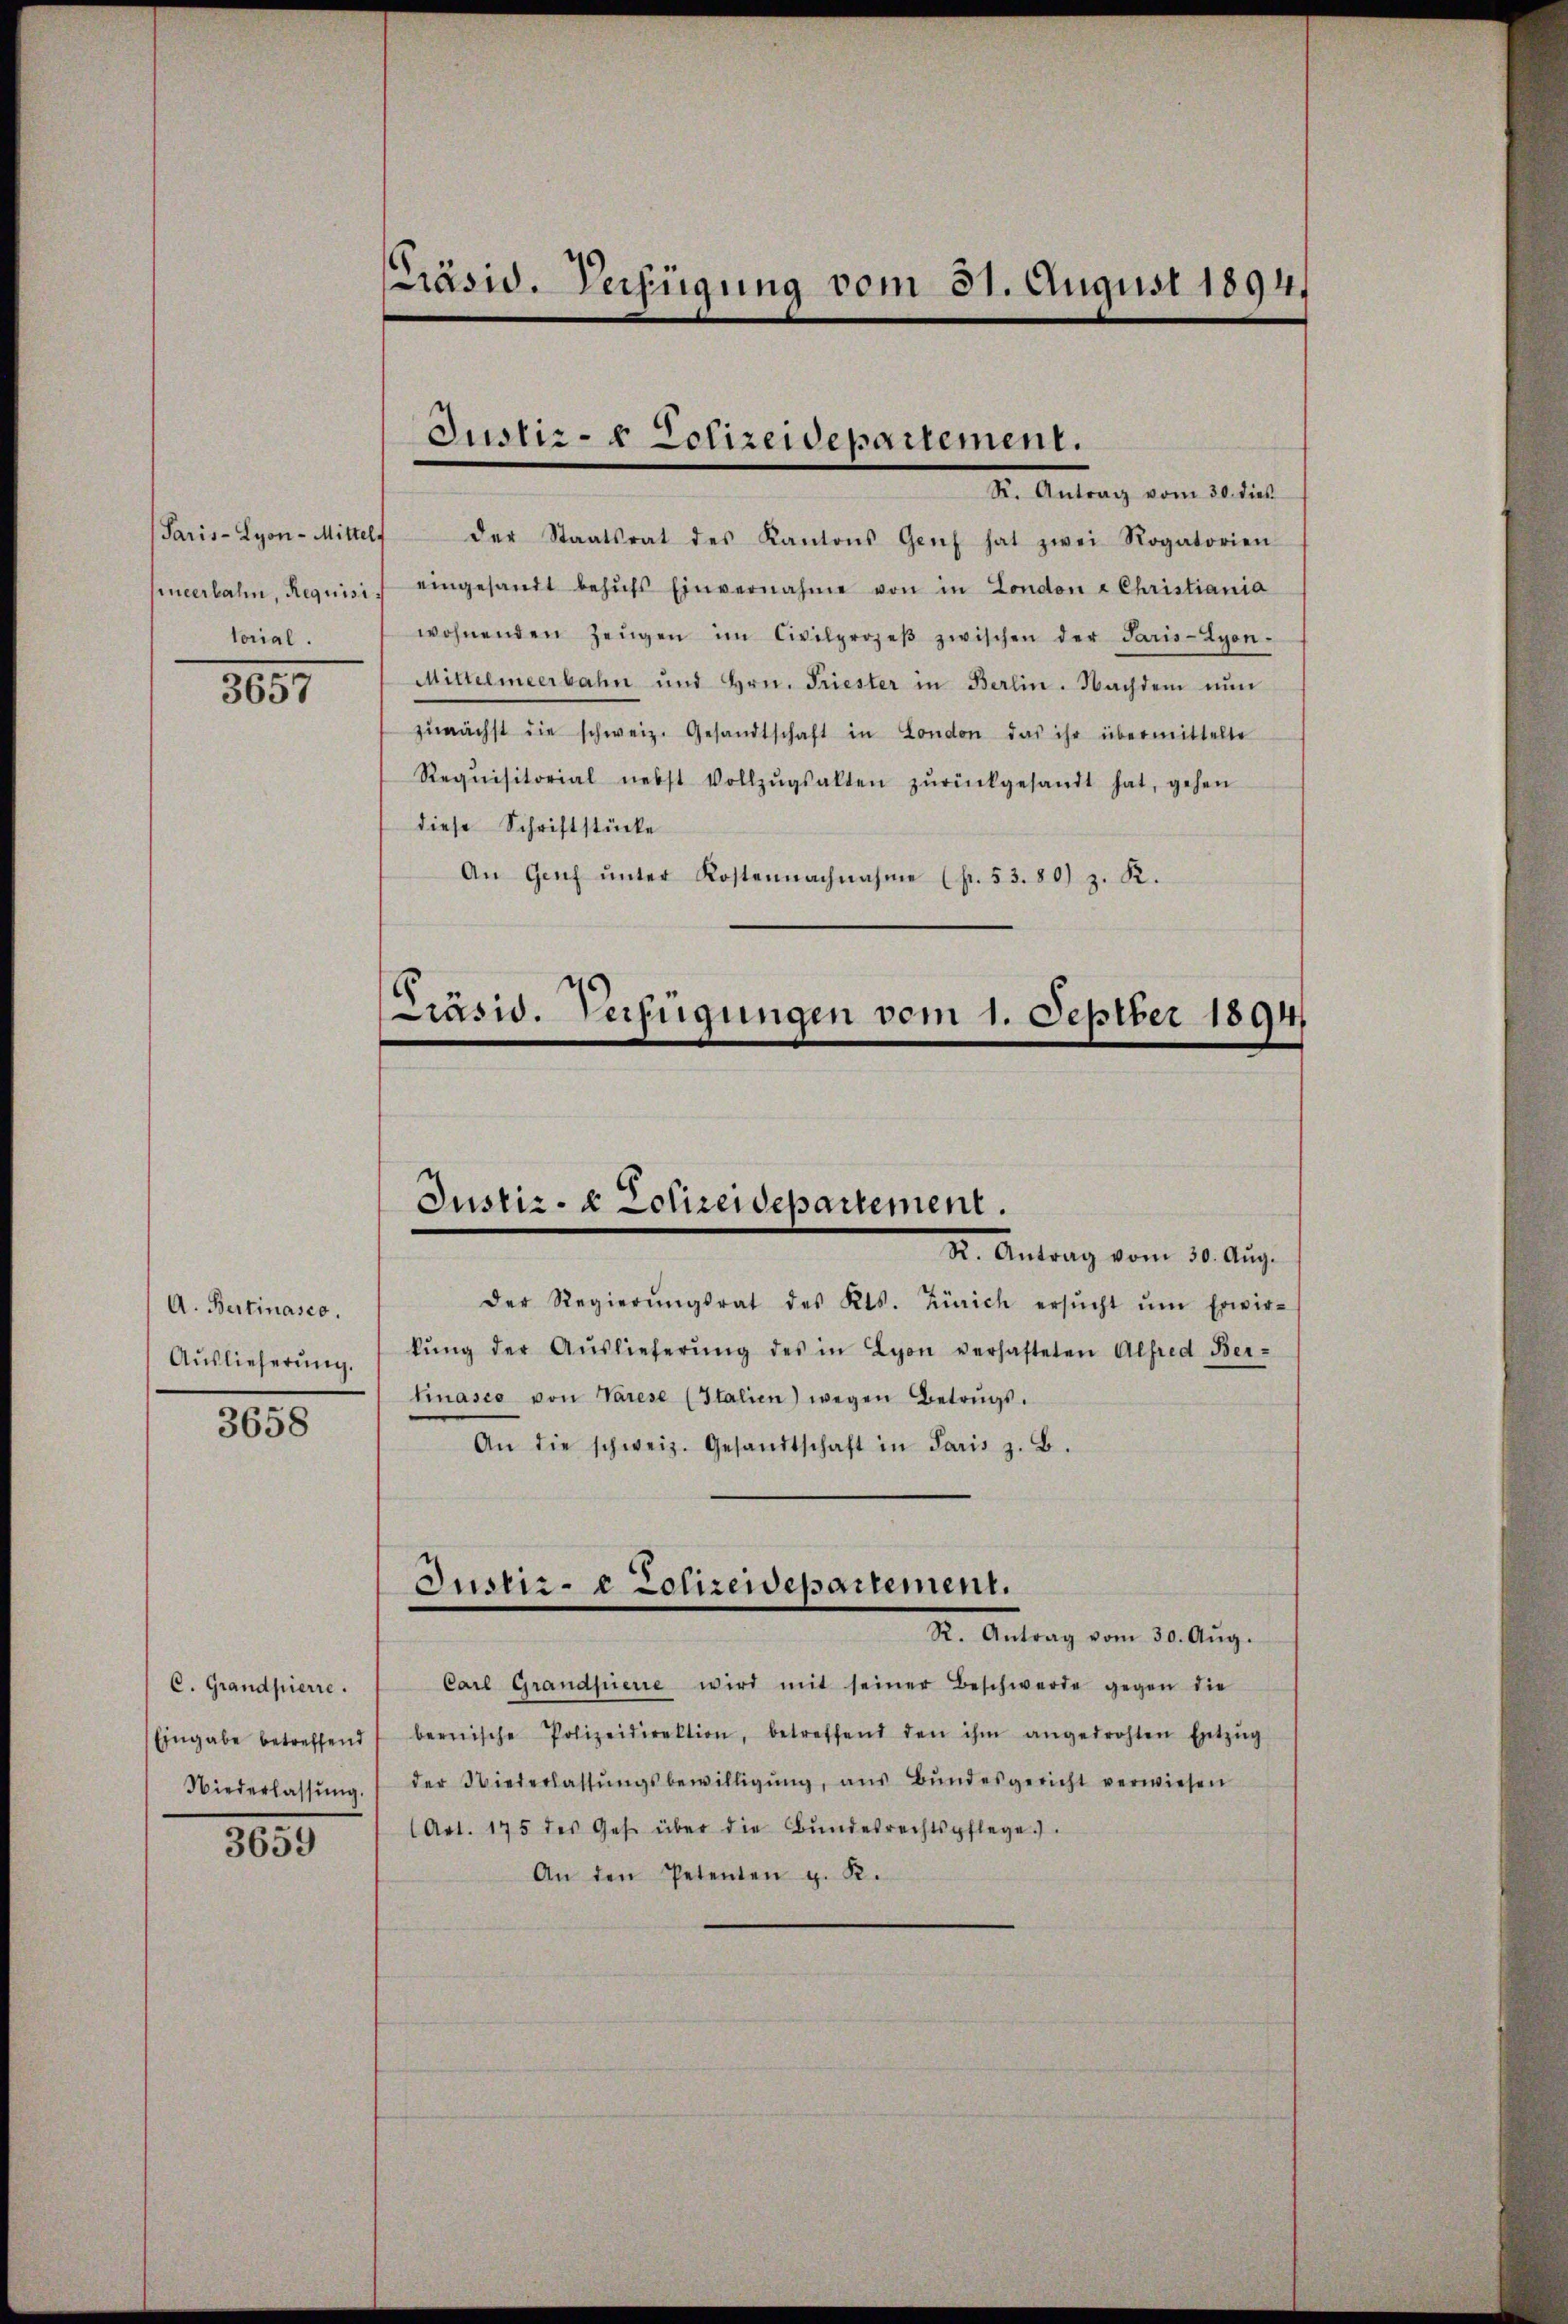
Paris - Lyon-Mittelf
sinterbahn, Requisi
torial.

3657

A. Bertinasco.
Auslieferung.
3658

C. Grandpierre.
Eingabe betreffend
Niederlassung.

3659

[Präsid. Verfügung vom 31. August 1894.

der Staatsrat des Kantons Genf hat zwei Rogatorien
eingesandt behŭfs Einvernahme von in London - Christiania
wohnenden Zeŭgen im Civilprozeβ zwischen der Paris-Lyon-
Mittelmeerbahn und Hrn. Triester in Berlin. Nachdem nŭn
zŭnächst die schweiz. Gesandtschaft in London das ihr übermittelte
Requisitorial nebst Vollzŭgsalten zŭrückgesandt hat, gehen
diese Schriftstücke
An Genf ŭnter Kostennachnahme (fr. 53. 80) z. R.

Justiz- & Polizeidepartement.
S. Antrag vom 21 die

Präsid. Verfügungen vom 1. Septber 1894

Justiz- & Polizeidepartement.
Dr. Antrag vom 30. Aug.

Der Regierŭngsrat des Kts. Zürich ersŭcht ŭm Erwir-
kŭng der Aŭslieferŭng des in Lyon verhafteten Alfred Ber-
tinasco von Varese (Italien) wegen Betrŭgs-
An die schweiz. Gesandtschaft in Paris z. B.
Justiz- & Polizeidepartement.
S. Antrag vom 30. Aug.
Carl Grandfierre wird mit seiner Beschwerde gegen die
bernische Polizeidirektion, betreffend den ihm angedrohten Entzŭg
der Niederlassŭngsbewilligung, aus Bundesgericht verwiesen
Art. 175 des Ges. über die Bŭndesrechtspflege.
An den Petenten z. K.